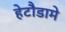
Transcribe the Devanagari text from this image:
हेटौडामे